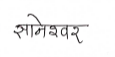
मजकूर: ज्ञानेश्वर